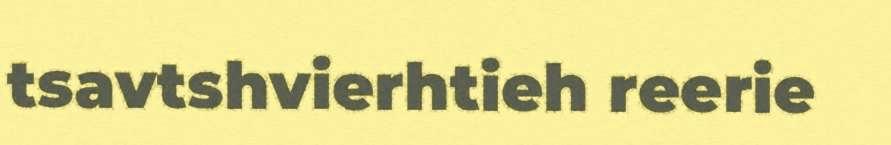
tsavtshvierhtieh reerie